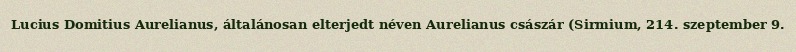
Lucius Domitius Aurelianus, általánosan elterjedt néven Aurelianus császár (Sirmium, 214. szeptember 9.